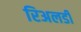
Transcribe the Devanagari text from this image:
रिअलडी